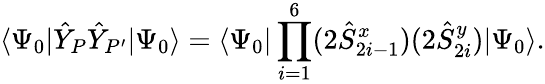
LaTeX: \langle\Psi_{0}|\hat{Y}_{P}\hat{Y}_{P^{\prime}}|\Psi_{0}\rangle=\langle\Psi_{0}|\prod_{i=1}^{6}(2\hat{S}_{2i-1}^{x})(2\hat{S}_{2i}^{y})|\Psi_{0}\rangle.